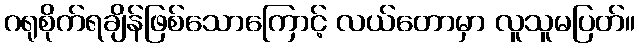
ဂရုစိုက်ရချိန်ဖြစ်သောကြောင့် လယ်တောမှာ လူသူမပြတ်။